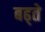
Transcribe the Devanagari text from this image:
बढ्ते